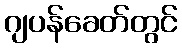
ဂျပန်ခေတ်တွင်